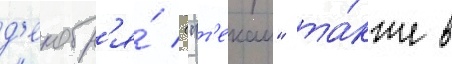
д'екабр'я́ ("т'екаи" та́кже в